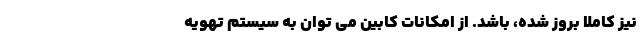
نیز کاملا بروز شده، باشد. از امکانات کابین می توان به سیستم تهویه